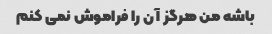
باشه من هرگز آن را فراموش نمی کنم